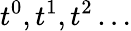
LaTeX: t^{0},t^{1},t^{2}\dots